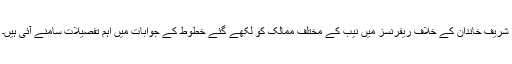
شریف خاندان کے خلاف ریفرنسز میں نیب کے مختلف ممالک کو لکھے گئے خطوط کے جوابات میں اہم تفصیلات سامنے آئی ہیں۔